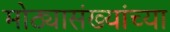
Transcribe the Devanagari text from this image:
मोठ्यासंख्यांच्या